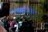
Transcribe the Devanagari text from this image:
बफिन